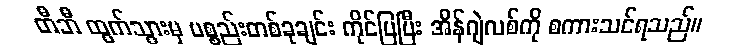
တီဘီ ထွက်သွားမှ ပစ္စည်းတစ်ခုချင်း ကိုင်ပြပြီး အိန်ဂျဲလစ်ကို စကားသင်ရသည်။